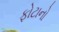
ફોટાનો